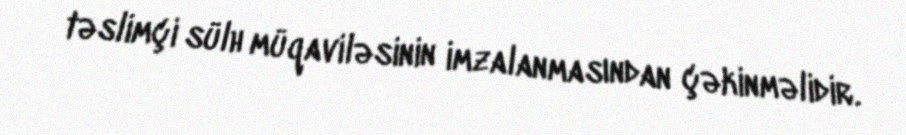
təslimçi sülh müqaviləsinin imzalanmasından çəkinməlidir.